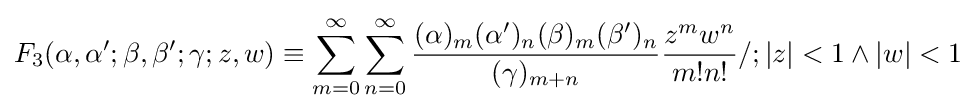
F_{3}(\alpha ,\alpha ';\beta ,\beta ';\gamma ;z,w)\equiv \sum _{m=0}^{\infty }\sum _{n=0}^{\infty }{\frac {(\alpha )_{m}(\alpha ')_{n}(\beta )_{m}(\beta ')_{n}}{(\gamma )_{m+n}}}{\frac {z^{m}w^{n}}{m!n!}}/;|z|<1\land |w|<1